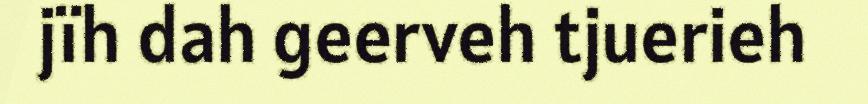
jïh dah geerveh tjuerieh